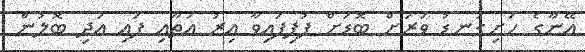
އޭނާގެ ހަށިގަނޑު ވަރަށް ބޮޑަށް ފުފިފައިވާ އިރު އަތާއި ފައި އަދި ބޮލުން